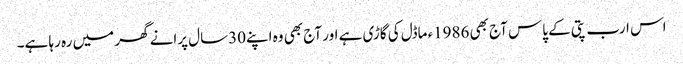
اس ارب پتی کے پاس آج بھی 1986ء ماڈل کی گاڑی ہے اور آج بھی وہ اپنے30سال پرانے گھر میں رہ رہا ہے۔